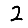
Digit: 2